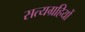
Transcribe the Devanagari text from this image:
सत्यग्रहियों